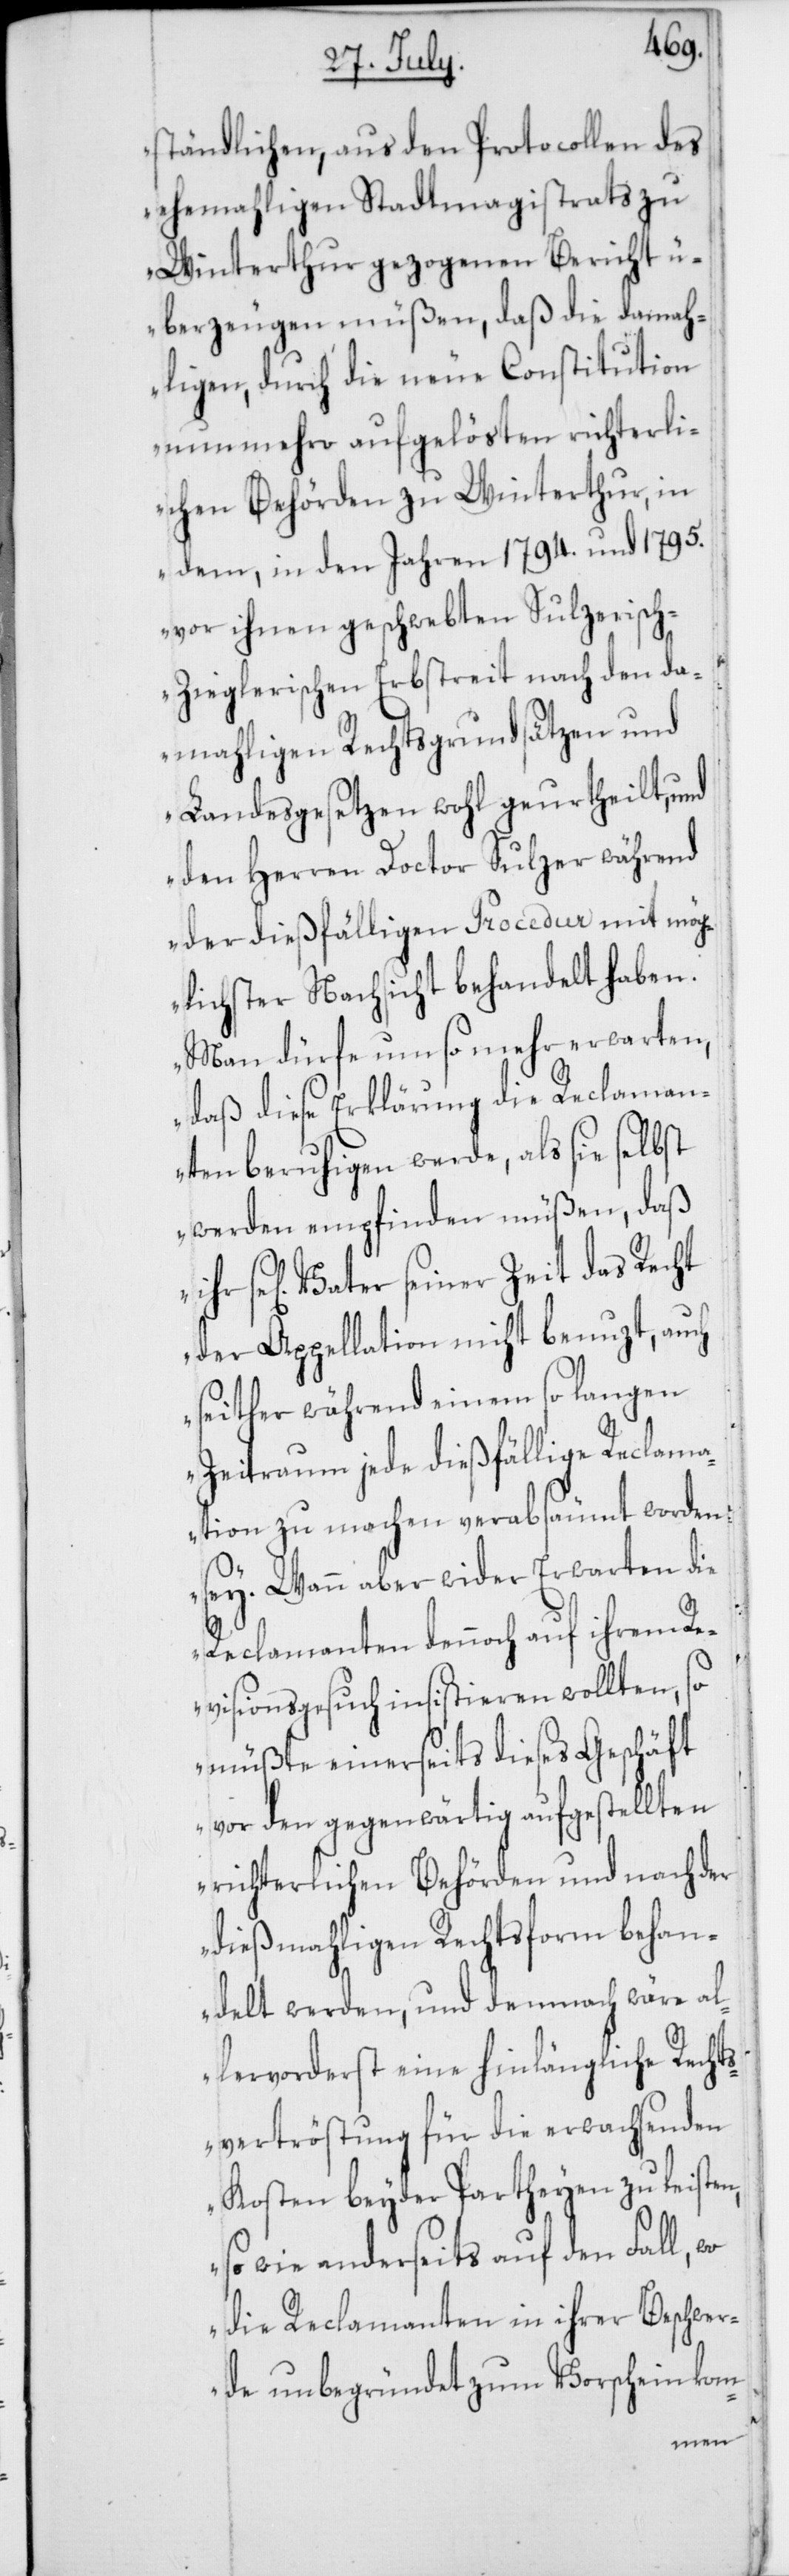
ständlichen, aus den Protocollen des
ehemahligen Stadtmagistraths zu
Winterthur gezogenen Bericht
überzeugen müßen, daß die damah¬
ligen, durch die neue Constitution
nunmehro aufgelösten richterli¬
chen Behörden zu Winterthur, in
dem, in den Jahren 1794. und 1795.
vor ihnen geschwebten Sulzerisc¬
h-Zieglerischen Erbstreit nach den da¬
mahligen Rechtsgrundsätzen und
Landesgesetzen wohl geurtheilt, und
den Herren Doctor Sulzer während
der dießfälligen Procedur mit mög¬
lichster Nachsicht behandelt haben.
Man dürfe umso mehr erwarten,
daß diese Erklärung die Reclaman¬
ten beruhigen werde, als sie selbst
werden empfinden müßen, daß
se[liger] Vater seiner Zeit das Recht
der Appellation nicht benuzt, auch
seither während einem so langen
Zeitraum jede dießfällige Reclama¬
tion zu machen verabsäumt worden
sey. Wann aber wider Erwarten die
Reclamanten dennoch auf ihrem Re¬
visionsgesuch insistieren wollten, so
müßte einerseits dieses Geschäft
vor den gegenwärtig aufgestellten
richterlichen Behörden und nach der
dießmahligen Rechtsform behan¬
delt werden, und demnach wäre al¬
lervorderst eine hinlängliche Rechts¬
vertröstung für die erwachsenden
Kosten beyder Partheyen zu leisten,
so wie anderseits auf den Fall,
die Reclamanten in ihrer Beschwer¬
de unbegründet zum Vorschein kom-